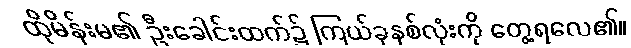
ထိုမိန်းမ၏ ဦးခေါင်းထက်၌ ကြယ်ခုနစ်လုံးကို တွေ့ရလေ၏။